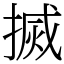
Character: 搣